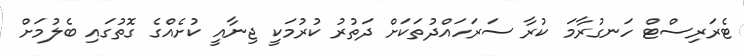
ޓެރަރިސްޓް ހަނގުރާމަ ކުރާ ސަރަހައްދުތަކަށް ދަތުރު ކުރުމަކީ ޖިނާއީ ކުށެއްގެ ގޮތުގައި ބެލުމަށް